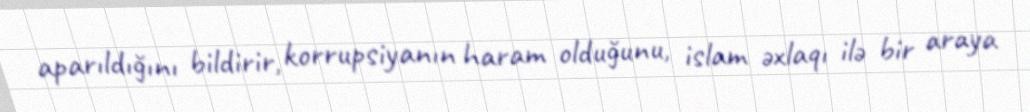
aparıldığını bildirir, korrupsiyanın haram olduğunu, islam əxlaqı ilə bir araya